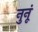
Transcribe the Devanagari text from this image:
नुनूं